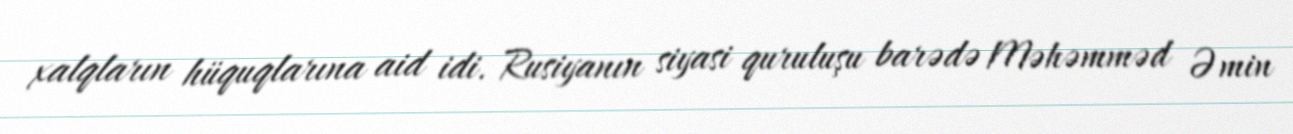
xalqların hüquqlarına aid idi. Rusiyanın siyasi quruluşu barədə Məhəmməd Əmin